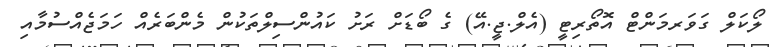
ލޯކަލް ގަވަރމަންޓް އޮތޯރިޓީ (އެލް.ޖީ.އޭ) ގެ ބޯޑަށް ރަށު ކައުންސިލްތަކުން މެންބަރެއް ހަމަޖެއްސުމާއި